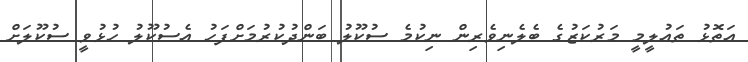
އަތޮޅު ތައުލީމީ މަރުކަޒުގެ ބެލެނިވެރިން ނިކުމެ ސުކޫލު ބަންދުކުރުމަށްފަހު އެސުކޫލު ހުޅުވީ ސުކޫލަށް